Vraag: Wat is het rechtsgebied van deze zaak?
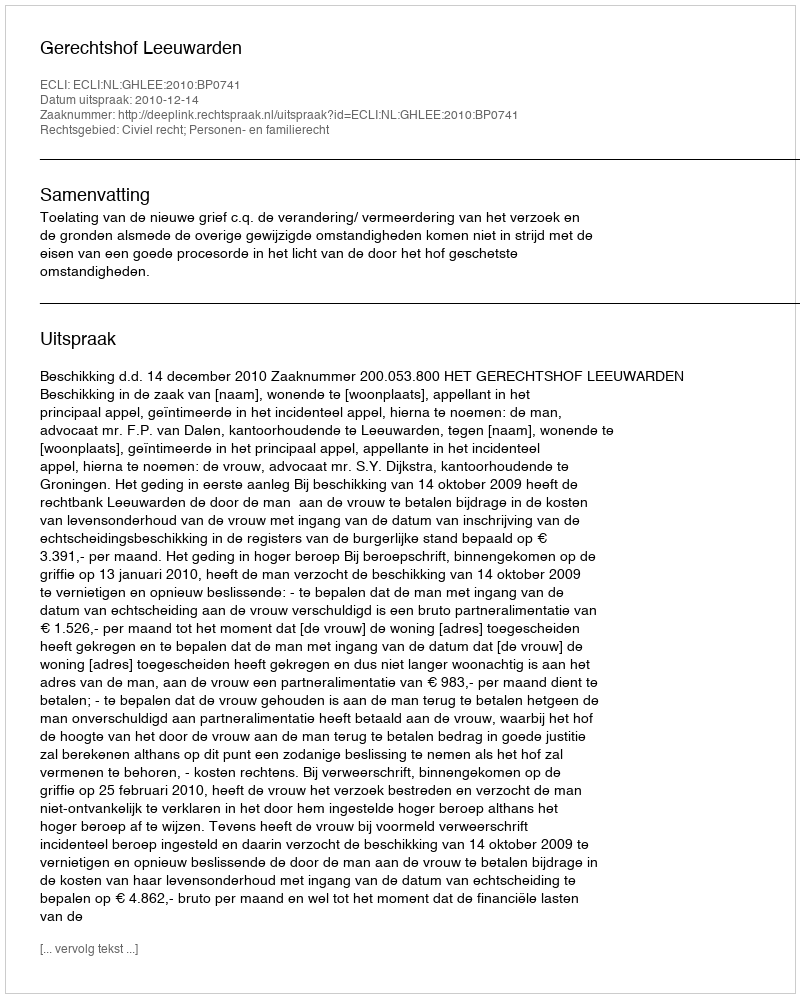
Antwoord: Civiel recht; Personen- en familierecht